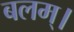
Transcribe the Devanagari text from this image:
बलम्।